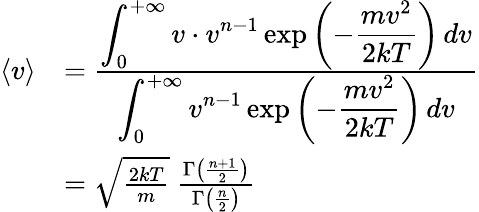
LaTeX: {\begin{array}{rl}{\langle v\rangle}&{={\frac{\displaystyle\int_{0}^{+\infty}v\cdot v^{n-1}\exp\left(-{\frac{mv^{2}}{2kT}}\right)\, dv}{\displaystyle\int_{0}^{+\infty}v^{n-1}\exp\left(-{\frac{mv^{2}}{2kT}}\right)\, dv}}}\\ &{={\sqrt{\frac{2kT}{m}}}\ {\frac{\Gamma\left({\frac{n+1}{2}}\right)}{\Gamma\left({\frac{n}{2}}\right)}}}\end{array}}